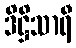
ဒိဋ္ဌိသာရီ